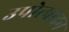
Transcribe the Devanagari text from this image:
उपोत्पादन